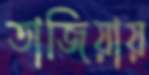
তাজিয়ায়